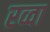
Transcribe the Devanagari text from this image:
रव्वा